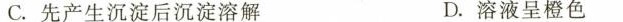
C.先产生沉淀后沉淀溶解 D.溶液呈橙色